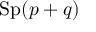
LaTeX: \mathrm { S p } ( p + q )